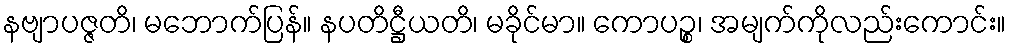
နဗျာပဇ္ဇတိ၊ မဘောက်ပြန်။ နပတိဋ္ဌီယတိ၊ မခိုင်မာ။ ကောပဉ္စ၊ အမျက်ကိုလည်းကောင်း။